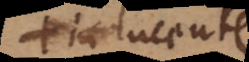
in lucente